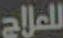
للعلاج